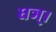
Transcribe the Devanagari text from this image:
घञ्।